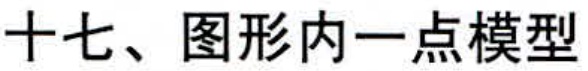
十七、图形内一点模型